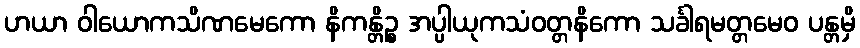
ဟယာ ဝါယောကသိဏမေကော နိကန္တိဉ္စ အပ္ပါယုကသံဝတ္တနိကော သင်္ခါရမတ္တမေဝ ပန္တမှိ